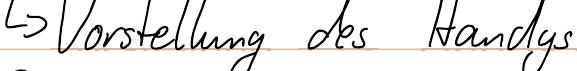
-> Vorstellung des Handys